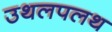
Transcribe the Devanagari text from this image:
उथलपलथ